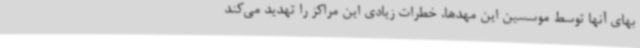
بهای آنها توسط موسسین این مهدها، خطرات زیادی این مراکز را تهدید می‌کند